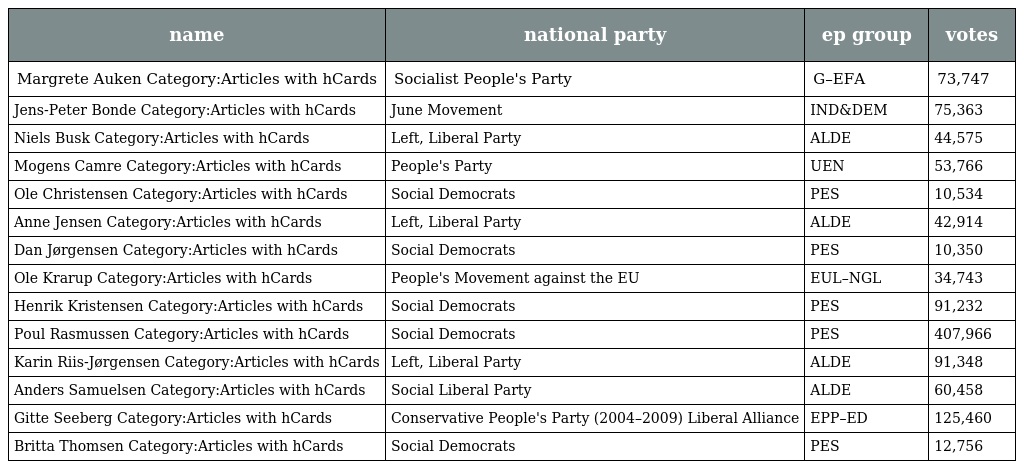
| name | national party | ep group | votes |
 | --- | --- | --- | --- |
 | Margrete Auken Category:Articles with hCards | Socialist People's Party | G–EFA | 73,747 |
 | Jens-Peter Bonde Category:Articles with hCards | June Movement | IND&DEM | 75,363 |
 | Niels Busk Category:Articles with hCards | Left, Liberal Party | ALDE | 44,575 |
 | Mogens Camre Category:Articles with hCards | People's Party | UEN | 53,766 |
 | Ole Christensen Category:Articles with hCards | Social Democrats | PES | 10,534 |
 | Anne Jensen Category:Articles with hCards | Left, Liberal Party | ALDE | 42,914 |
 | Dan Jørgensen Category:Articles with hCards | Social Democrats | PES | 10,350 |
 | Ole Krarup Category:Articles with hCards | People's Movement against the EU | EUL–NGL | 34,743 |
 | Henrik Kristensen Category:Articles with hCards | Social Democrats | PES | 91,232 |
 | Poul Rasmussen Category:Articles with hCards | Social Democrats | PES | 407,966 |
 | Karin Riis-Jørgensen Category:Articles with hCards | Left, Liberal Party | ALDE | 91,348 |
 | Anders Samuelsen Category:Articles with hCards | Social Liberal Party | ALDE | 60,458 |
 | Gitte Seeberg Category:Articles with hCards | Conservative People's Party (2004–2009) Liberal Alliance | EPP–ED | 125,460 |
 | Britta Thomsen Category:Articles with hCards | Social Democrats | PES | 12,756 |